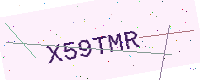
Text: X59TMR